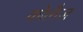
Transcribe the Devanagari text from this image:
कोलैज़